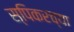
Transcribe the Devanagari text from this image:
स्पिकरच्या